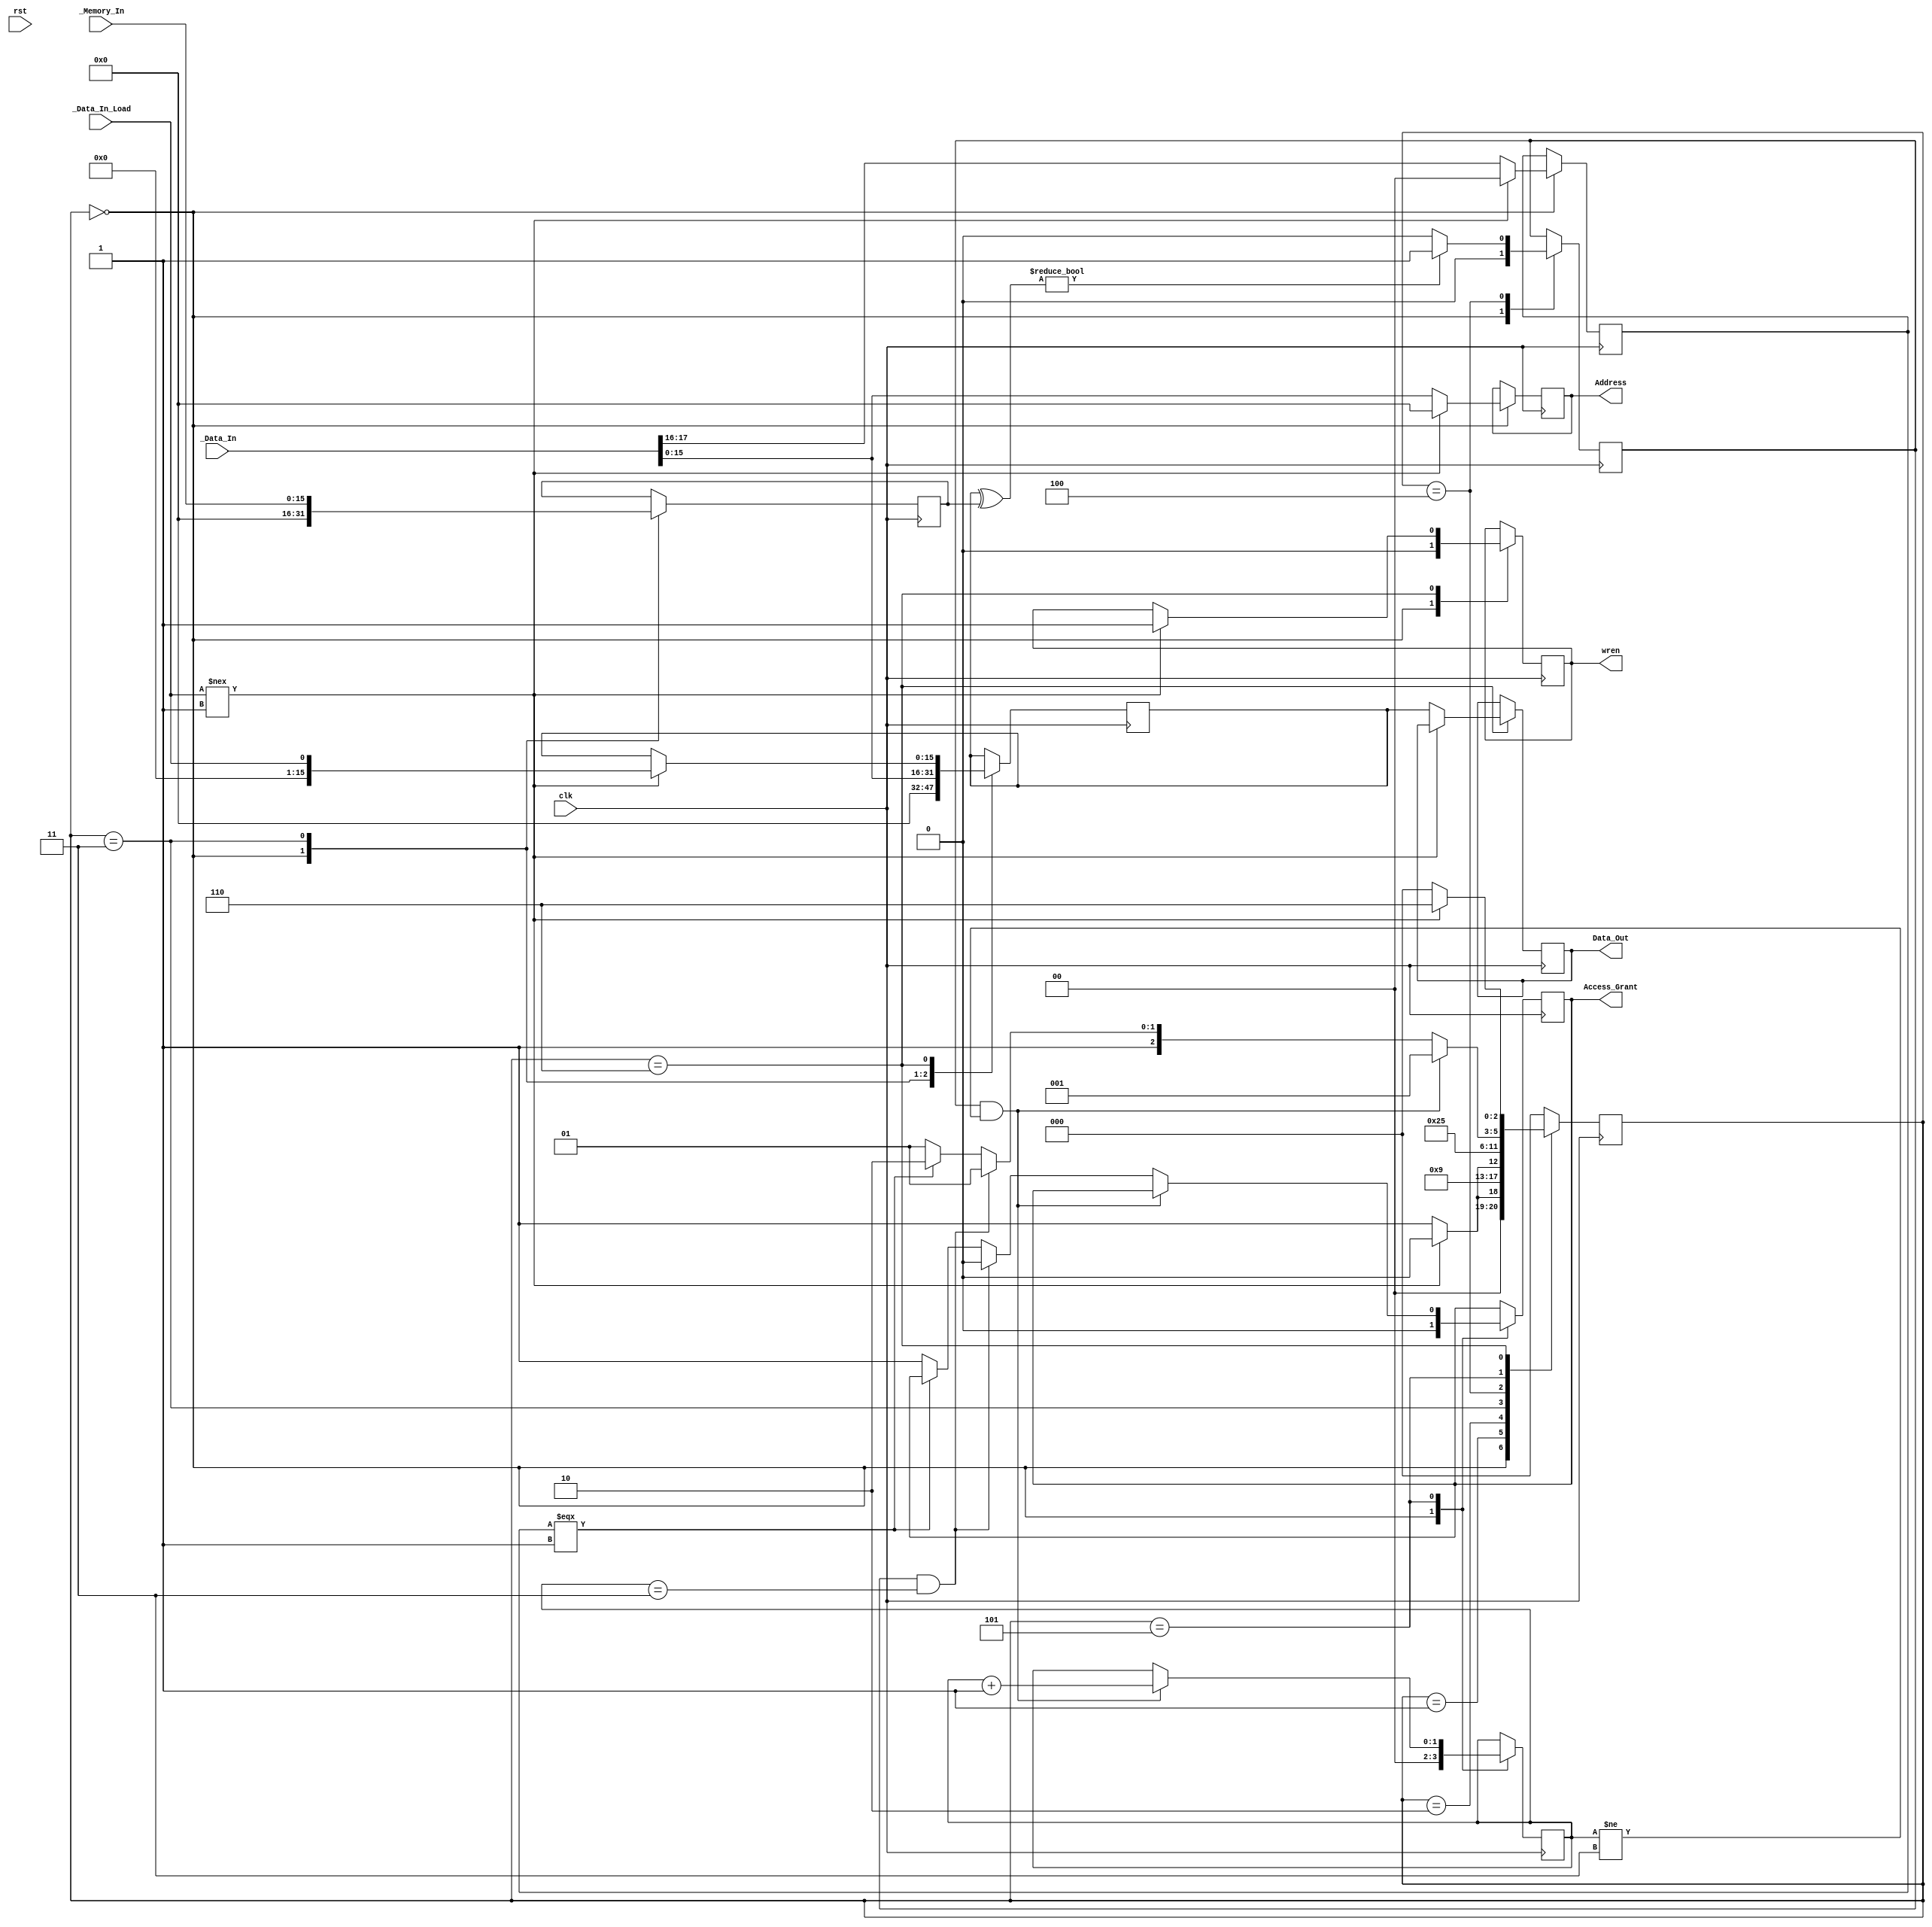


module AccessControlFsm(
	input [0:0] clk, 
	input [0:0] rst, 
	input [17:0] _Data_In, 
	input [0:0]  _Data_In_Load, 
	input [15:0] _Memory_In, 
	output reg [0:0] Access_Grant, 
	output reg [15:0] Address, 
	output reg [0:0]  wren, 
	output reg [15:0] Data_Out);  

	reg [0:0] Invalid_Input_Flag;
	reg [1:0] Password_Change_Flag; 
	reg [15:0] Password_User_Reg; 
	reg [15:0] Password_Memory_Reg;  

	reg [2:0] State; 
	reg [1:0] Fail_Count;

	parameter 
		INIT   =0, 
		GETPASSWORD =1, 
		DELAY0 =2,  
		LOADPASSWORD =3, 
		CHECK  =4, 
		ACCESS =5, 
		CHANGE =6; 

	always @ (posedge clk) begin
		if(rst == 0) begin
			State <= INIT;
		end  
		case(State)
			INIT: begin
				Access_Grant <= 0; 
				Address <= 0; 
				Invalid_Input_Flag <= 0; 
				Password_Change_Flag <= 0; 
				Password_User_Reg <= 0; 
				Password_Memory_Reg <= 0; 
				Fail_Count <= 0;
				wren <= 0; 
				if(_Data_In_Load !== 1) begin
					State <= INIT; 
				end else begin
					State 	<= GETPASSWORD; 
					{Password_Change_Flag, Address} <= _Data_In; 
				end
			end
			GETPASSWORD: begin
				State <= DELAY0; 
			end
			DELAY0: begin
				if(_Data_In_Load !== 1) begin
					State <= DELAY0;
				end else begin
					State <= LOADPASSWORD; 
				end
			end
			LOADPASSWORD: begin
				Password_User_Reg <= _Data_In; 
				Password_Memory_Reg <= _Memory_In; 
				State <= CHECK; 
			end
			CHECK: begin
				Invalid_Input_Flag <= (Password_User_Reg ^ Password_Memory_Reg)?1:0; 
				State <= ACCESS; 
			end
			ACCESS: begin
				if(Invalid_Input_Flag == 1 && Fail_Count != 3) begin
					State <= GETPASSWORD; 
					Fail_Count <= Fail_Count + 1'b1; 
				end else if(Invalid_Input_Flag == 1 && Fail_Count == 3) begin
					State <= ACCESS; 
					Access_Grant <=0;  
				end else if(Password_Change_Flag === 2'b01) begin
					State <= CHANGE; 
				end else begin
					State <= ACCESS; 
					Access_Grant <=1; 
				end
			end
			CHANGE: begin
				 if(_Data_In_Load !== 1'b1) begin
				 	State <= CHANGE;
				 	wren <= 1;
				 	Password_User_Reg <= _Data_In_Load;   
				 end else begin
				 	// write new password 
				 	Data_Out <= Password_User_Reg; 
				 	State <= INIT; 
				 end
			end
			default: begin
				State <= INIT; 
			end
		endcase 
	end
endmodule